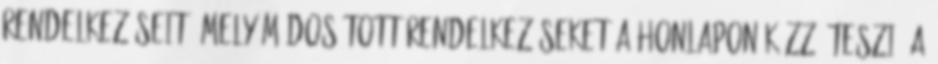
rendelkezéseit, mely módosított rendelkezéseket a honlapon közzé teszi. A